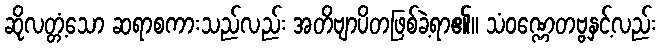
ဆိုလတ္တံ့သော ဆရာစကားသည်လည်း အတိဗျာပိတဖြစ်ခဲ့ရာ၏။ သံဝဏ္ဏေတဗ္ဗနှင့်လည်း